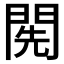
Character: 𨴐